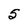
Character: 5